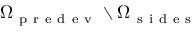
\Omega _ { \mathrm { ~ p ~ r ~ e ~ d ~ e ~ v ~ } } \setminus \Omega _ { \mathrm { ~ s ~ i ~ d ~ e ~ s ~ } }